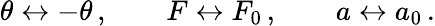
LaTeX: \theta\leftrightarrow-\theta\, ,\qquad F\leftrightarrow F_{0}\, ,\qquad a\leftrightarrow a_{0}\, .